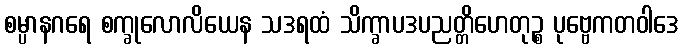
စမ္ပာနဂရေ စက္ခုလောလိယေန သဒရထံ သိက္ခာပဒပညတ္တိဟေတုဉ္စ ပုဗ္ဗေကတဝါဒေ